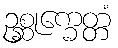
ဥစ္ဆုက္ခေတ္တံ